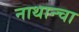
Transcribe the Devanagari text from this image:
नाथान्चा